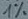
Text: 1%